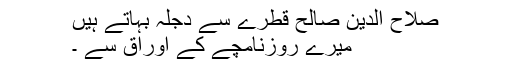
صلاح الدین صالح قطرے سے دجلہ بہاتے ہیں
میرے روزنامچے کے اوراق سے ۔